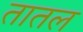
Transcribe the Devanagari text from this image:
तातल